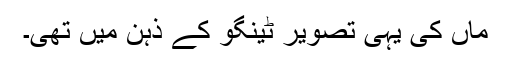
ماں کی یہی تصویر ٹینگو کے ذہن میں تھی۔